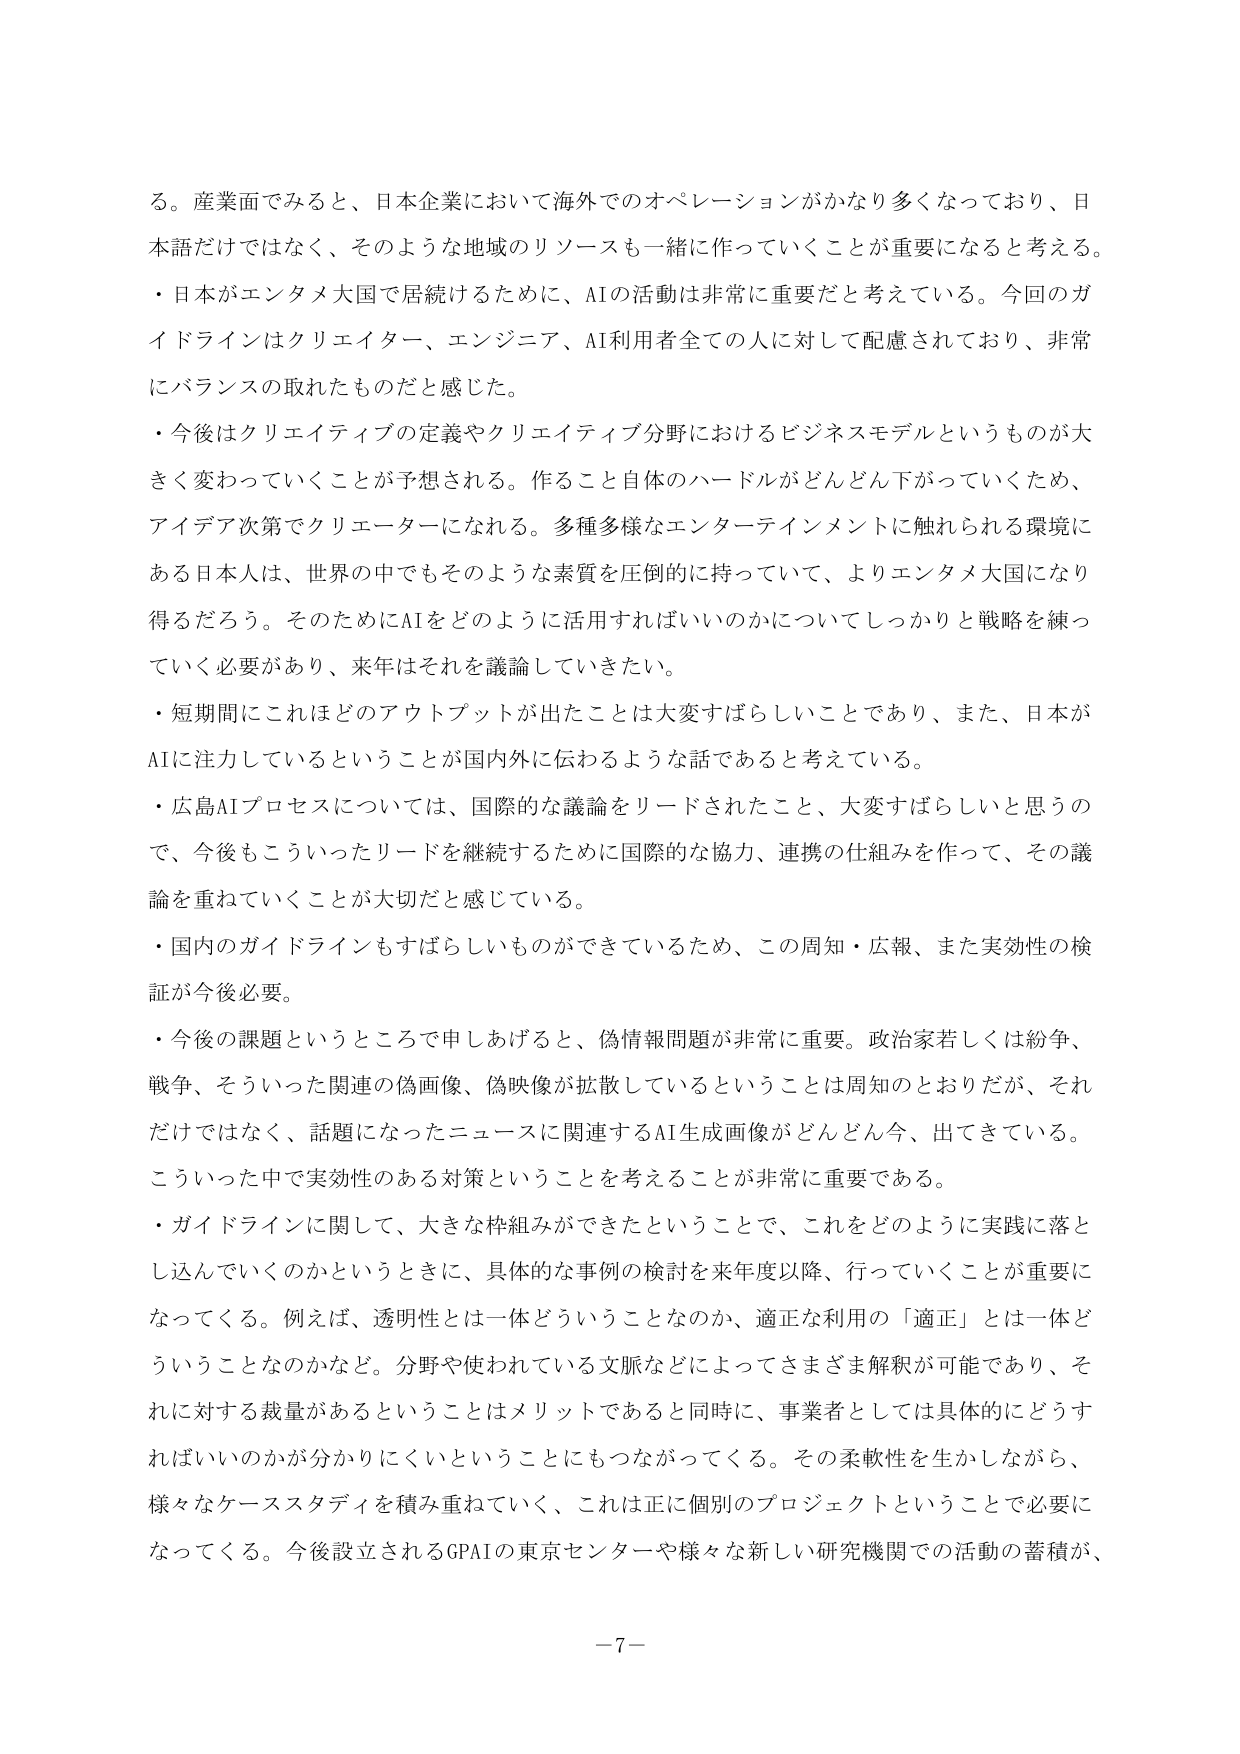
る。産業面でみると、日本企業において海外でのオペレーションがかなり多くなっており、日本語だけではなく、そのような地域のリソースも一緒になっていくことが重要になると考える。
・日本がエンタメ大国で居続けるために、AIの活動は非常に重要だと考えている。今回のガイドラインはクリエイター、エンジニア、AI利用者全ての人に対して配慮されており、非常にバランスの取れたものだと感じた。
・今後はクリエイティブの定義やクリエイティブ分野におけるビジネスモデルというものが大きく変わっていくことが予想される。作ること自体のハードルがどんどん下がっていくため、アイデア次第でクリエーターになれる。多種多様なエンターテインメントに触れられる環境にある日本人は、世界の中でもそのような素質を圧倒的に持っていて、よりエンタメ大国になり得るだろう。そのためにAIをどのように活用すればいいのかについてしっかりと戦略を練っていく必要があり、来年はそれを議論していきたい。
・短期間にこれほどのアウトプットが出たことは大変すばらしいことであり、また、日本がAIに注力しているということが国内外に伝わるような話であると考えている。
・広島AIプロセスについては、国際的な議論をリードされたこと、大変すばらしいと思うので、今後もこういったリードを継続するために国際的な協力、連携の仕組みを作って、その議論を重ねていくことが大切だと感じている。
・国内のガイドラインもすばらしいものができているため、この周知・広報、また実効性の検証が今後必要。
・今後の課題というところで申しあげると、偽情報問題が非常に重要。政治家若しくは紛争、戦争、そういった関連の偽画像、偽映像が拡散しているということは周知のとおりだが、それだけではなく、話題になったニュースに関連するAI生成画像がどんどん今、出てきている。こういった中で実効性のある対策ということを考えることが非常に重要である。
・ガイドラインに関して、大きな枠組みができたということで、これをどのように実践に落とし込んでいくのかというときに、具体的な事例の検討を来年度以降、行っていくことが重要になってくる。例えば、透明性とは一体どういうことなのか、適正な利用の「適正」とは一体どういうことなのかなど。分野や使われている文脈などによってさまざま解釈が可能であり、それに対する裁量があるということはメリットであると同時に、事業者としては具体的にどうすればいいのかが分かりにくいということにもつながってくる。その柔軟性を生かしながら、様々なケーススタディを積み重ねていく、これは正に個別のプロジェクトということで必要になってくる。今後設立されるGPAIの東京センターや様々な新しい研究機関での活動の蓄積が、
－7－